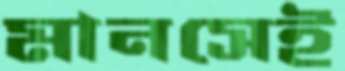
মানসেই